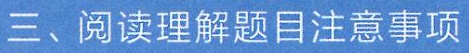
三、阅读理解题目注意事项